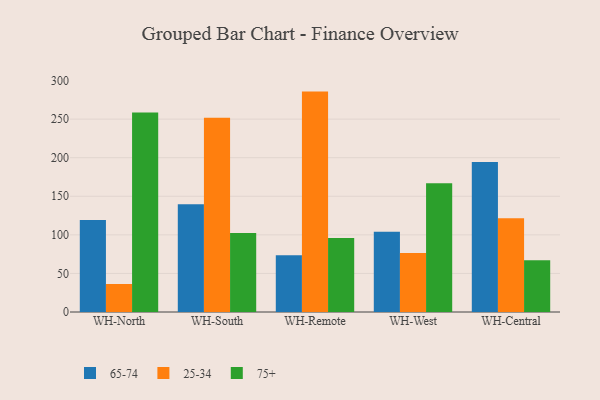
{"axis": {"x": "Warehouse", "y": "Gross Profit (USD K)"}, "legend": ["25-34", "65-74", "75+"], "data": [{"x": "WH-North", "y": 119.4, "type": "65-74"}, {"x": "WH-North", "y": 36.3, "type": "25-34"}, {"x": "WH-North", "y": 258.5, "type": "75+"}, {"x": "WH-South", "y": 139.8, "type": "65-74"}, {"x": "WH-South", "y": 251.7, "type": "25-34"}, {"x": "WH-South", "y": 102.5, "type": "75+"}, {"x": "WH-Remote", "y": 73.5, "type": "65-74"}, {"x": "WH-Remote", "y": 285.7, "type": "25-34"}, {"x": "WH-Remote", "y": 95.8, "type": "75+"}, {"x": "WH-West", "y": 104.1, "type": "65-74"}, {"x": "WH-West", "y": 76.5, "type": "25-34"}, {"x": "WH-West", "y": 166.8, "type": "75+"}, {"x": "WH-Central", "y": 194.4, "type": "65-74"}, {"x": "WH-Central", "y": 121.4, "type": "25-34"}, {"x": "WH-Central", "y": 67.1, "type": "75+"}]}